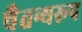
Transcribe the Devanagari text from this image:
चैतन्यरूप